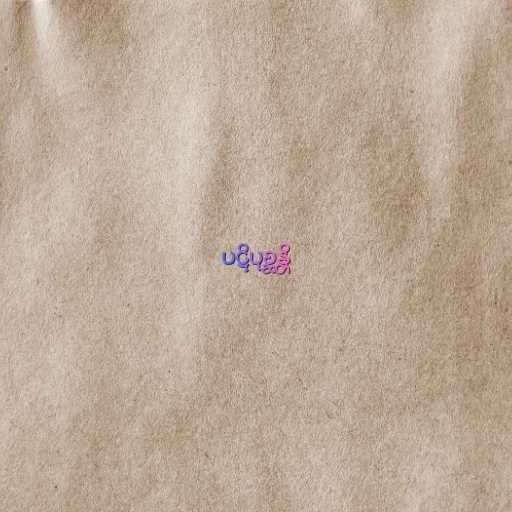
ပဋိပုစ္ဆန္တိ